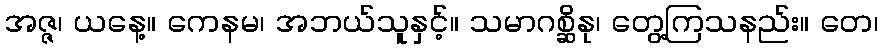
အဇ္ဇ၊ ယနေ့။ ကေနမ၊ အဘယ်သူနှင့်။ သမာဂစ္ဆိနု၊ တွေ့ကြသနည်း။ တေ၊